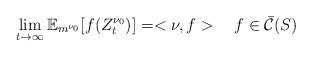
LaTeX: \begin{align*}\lim\limits_{t \rightarrow \infty} \mathbb{E}_{m^{\nu_0}}[f(Z_t^{\nu_0})]=<\nu,f> \ \ \ f \in \bar{\mathcal{C}}(S)\end{align*}